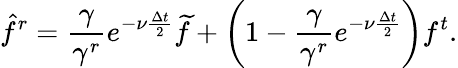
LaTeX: \hat{f}^{r}=\frac{\gamma}{\gamma^{r}}e^{-\nu\frac{\Delta t}{2}}\widetilde{f}+\left(1-\frac{\gamma}{\gamma^{r}}e^{-\nu\frac{\Delta t}{2}}\right)f^{t}.